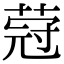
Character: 蒄